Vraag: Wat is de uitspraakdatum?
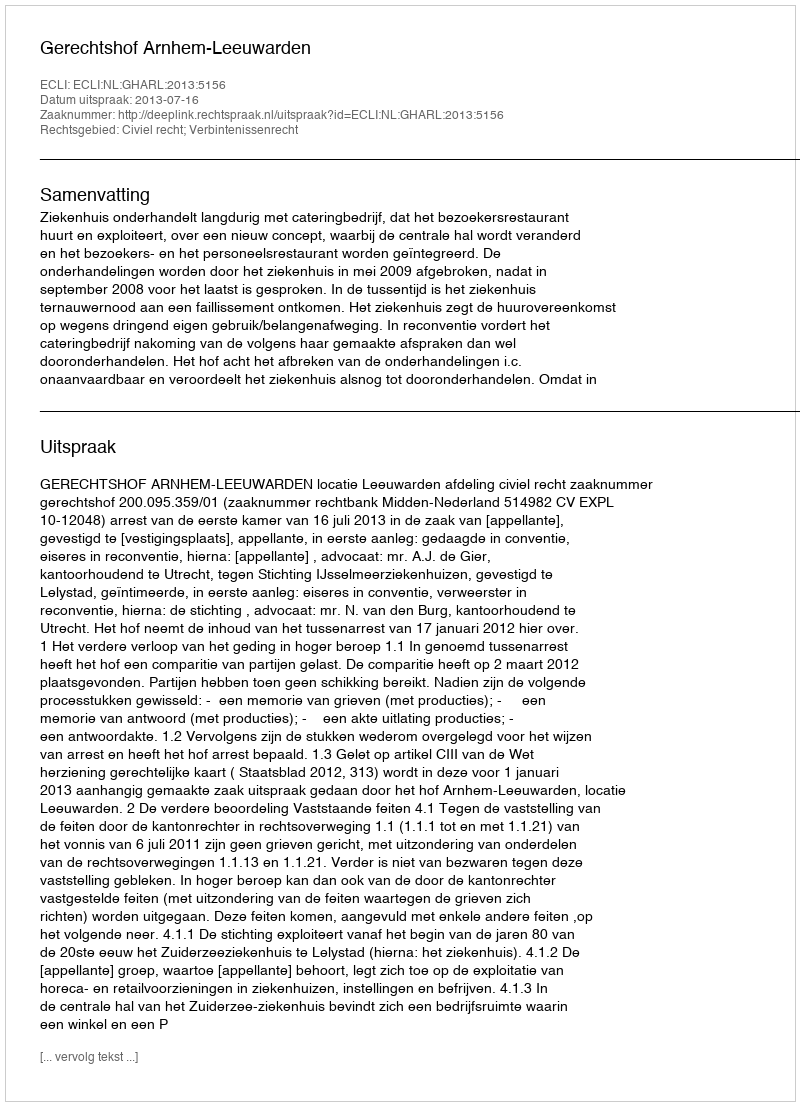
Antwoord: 2013-07-16